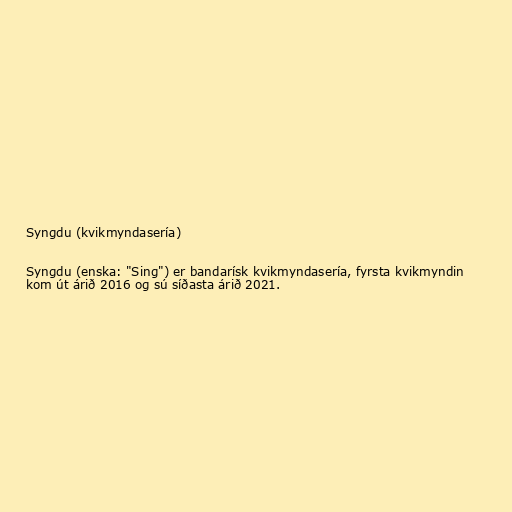
Syngdu (kvikmyndasería)

Syngdu (enska: "Sing") er bandarísk kvikmyndasería, fyrsta kvikmyndin
kom út árið 2016 og sú síðasta árið 2021.